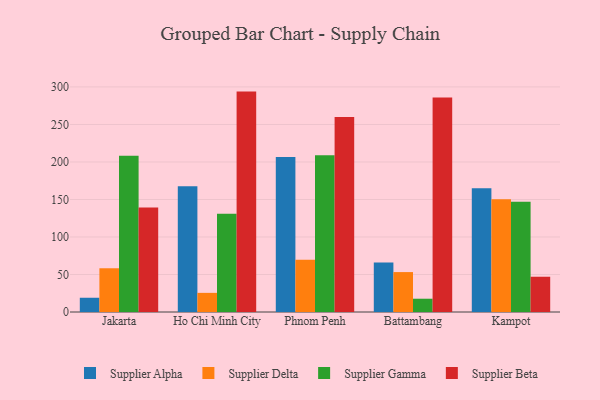
{"axis": {"x": "City", "y": "LTV (USD)"}, "legend": ["Supplier Alpha", "Supplier Beta", "Supplier Delta", "Supplier Gamma"], "data": [{"x": "Jakarta", "y": 19.0, "type": "Supplier Alpha"}, {"x": "Jakarta", "y": 58.3, "type": "Supplier Delta"}, {"x": "Jakarta", "y": 208.3, "type": "Supplier Gamma"}, {"x": "Jakarta", "y": 139.3, "type": "Supplier Beta"}, {"x": "Ho Chi Minh City", "y": 167.6, "type": "Supplier Alpha"}, {"x": "Ho Chi Minh City", "y": 25.5, "type": "Supplier Delta"}, {"x": "Ho Chi Minh City", "y": 131.1, "type": "Supplier Gamma"}, {"x": "Ho Chi Minh City", "y": 293.8, "type": "Supplier Beta"}, {"x": "Phnom Penh", "y": 206.6, "type": "Supplier Alpha"}, {"x": "Phnom Penh", "y": 69.6, "type": "Supplier Delta"}, {"x": "Phnom Penh", "y": 209.0, "type": "Supplier Gamma"}, {"x": "Phnom Penh", "y": 260.1, "type": "Supplier Beta"}, {"x": "Battambang", "y": 66.0, "type": "Supplier Alpha"}, {"x": "Battambang", "y": 53.2, "type": "Supplier Delta"}, {"x": "Battambang", "y": 17.7, "type": "Supplier Gamma"}, {"x": "Battambang", "y": 286.1, "type": "Supplier Beta"}, {"x": "Kampot", "y": 165.0, "type": "Supplier Alpha"}, {"x": "Kampot", "y": 150.4, "type": "Supplier Delta"}, {"x": "Kampot", "y": 147.1, "type": "Supplier Gamma"}, {"x": "Kampot", "y": 47.0, "type": "Supplier Beta"}]}